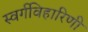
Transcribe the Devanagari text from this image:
स्वर्गविहारिणी